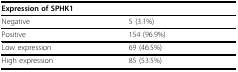
| <COLSPAN=2> Expression of SPHK1 |
 | --- | --- |
 | Negative | 5 (3.1%) |
 | Positive | 154 (96.9%) |
 | Low expression | 69 (46.5%) |
 | High expression | 85 (53.5%) |